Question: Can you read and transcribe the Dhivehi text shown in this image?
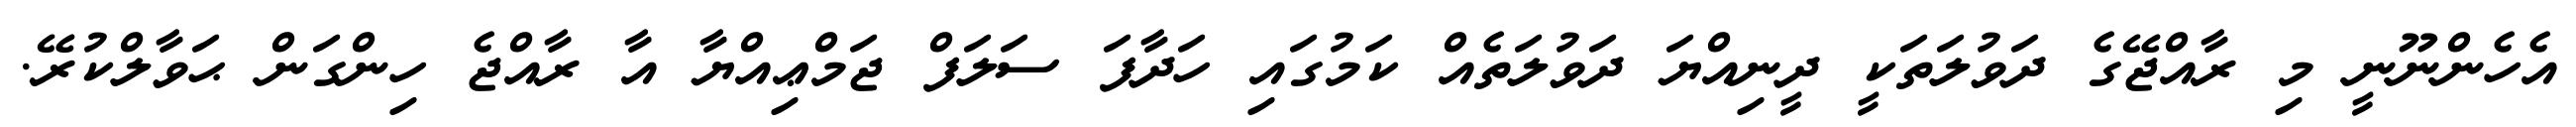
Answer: އެހެންނޫނީ މި ރާއްޖޭގެ ދަވުލަތަކީ ދީނިއްޔަ ދަވުލަތެއް ކަމުގައި ހަދާފަ ސަލަފް ޖަމްޢިއްޔާ އާ ރާއްޖެ ހިންގަން ޙަވާލްކުރޭ.